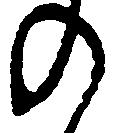
の